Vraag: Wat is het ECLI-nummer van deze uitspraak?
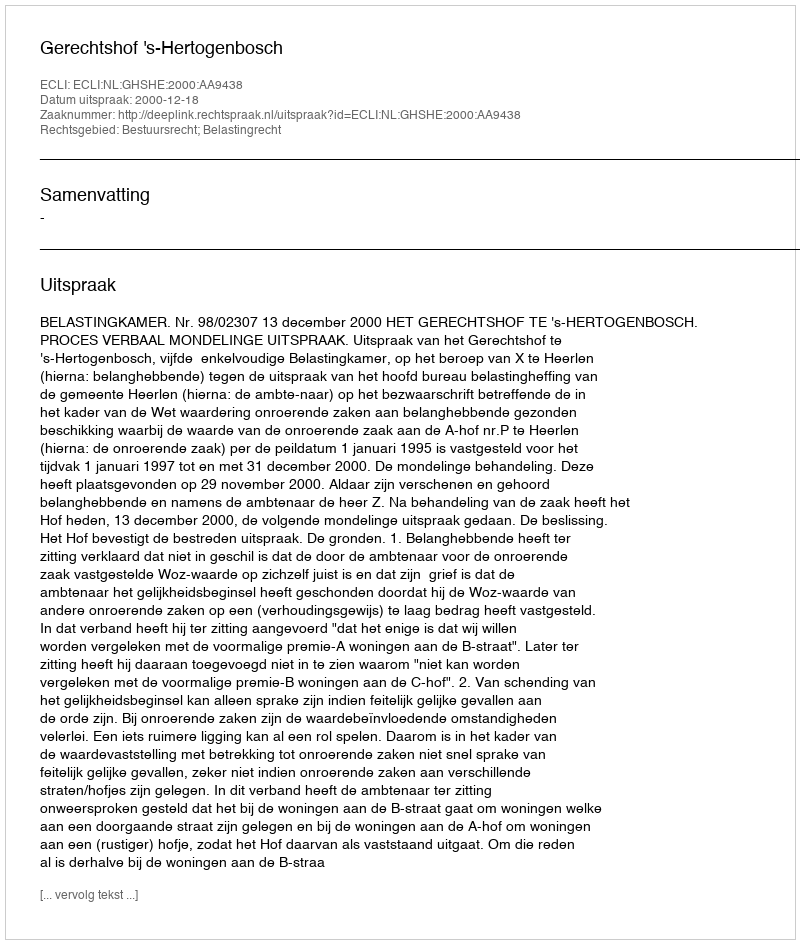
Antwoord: ECLI:NL:GHSHE:2000:AA9438